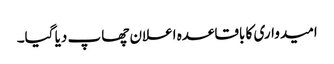
امیدواری کا باقاعدہ اعلان چھاپ دیا گیا۔